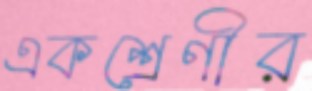
একশ্রেণীর